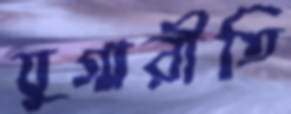
যুগ্মরীতি